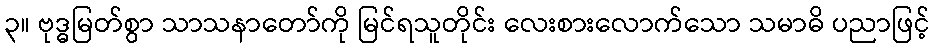
၃။ ဗုဒ္ဓမြတ်စွာ သာသနာတော်ကို မြင်ရသူတိုင်း လေးစားလောက်သော သမာဓိ ပညာဖြင့်